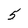
Character: 5